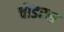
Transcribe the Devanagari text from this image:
चौंडरस